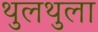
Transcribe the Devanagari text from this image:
थुलथुला